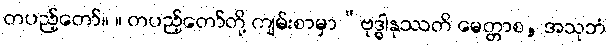
တပည့်တော်။ ။ တပည့်တော်တို့ ကျမ်းစာမှာ“ဗုဒ္ဓါနုဿတိ မေတ္တာစ, အသုဘံ